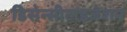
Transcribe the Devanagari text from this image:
डिसेन्सीटाइजेशन